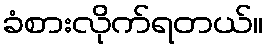
ခံစားလိုက်ရတယ်။